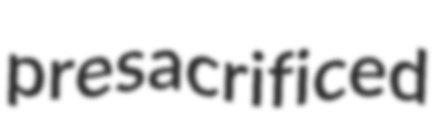
presacrificed